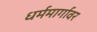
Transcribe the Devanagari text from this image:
धर्ममार्गावर